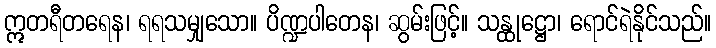
ဣတရီတရေန၊ ရရသမျှသော။ ပိဏ္ဍပါတေန၊ ဆွမ်းဖြင့်။ သန္ထုဋ္ဌော၊ ရောင်ရဲနိုင်သည်။